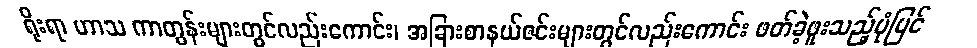
ရိုးရာ ဟာသ ကာတွန်းများတွင်လည်းကောင်း၊ အခြားစာနယ်ဇင်းများတွင်လည်းကောင်း ဖတ်ခဲ့ဖူးသည့်ပုံပြင်